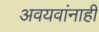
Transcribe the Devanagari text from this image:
अवयवांनाही